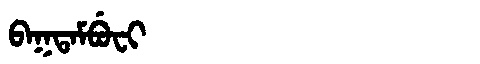
Manchu: ᠪᠠᡴᡨᠠᠮᠪᡠᠸᡳ
Romanization: BAKTAMBUFI